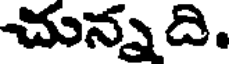
చున్నది.